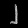
Digit: ၂